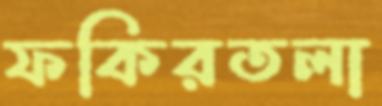
ফকিরতলা